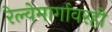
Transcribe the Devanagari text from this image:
रेल्वेमार्गावरही